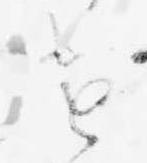
け